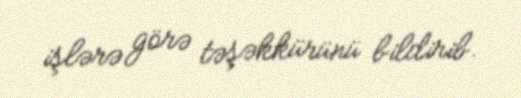
işlərə görə təşəkkürünü bildirib.